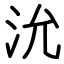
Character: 沇